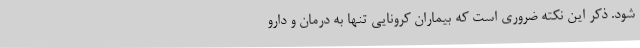
شود. ذکر این نکته ضروری است که بیماران کرونایی تنها به درمان و دارو